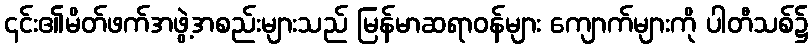
၎င်း၏မိတ်ဖက်အဖွဲ့အစည်းများသည် မြန်မာဆရာဝန်များ ကျောက်များကို ပါတီသစ်၌